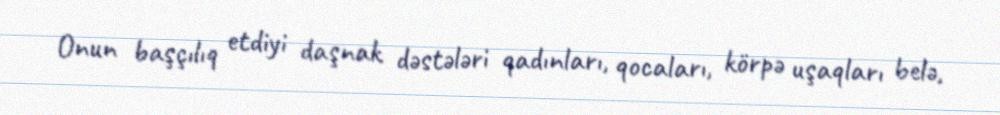
Onun başçılıq etdiyi daşnak dəstələri qadınları, qocaları, körpə uşaqları belə,